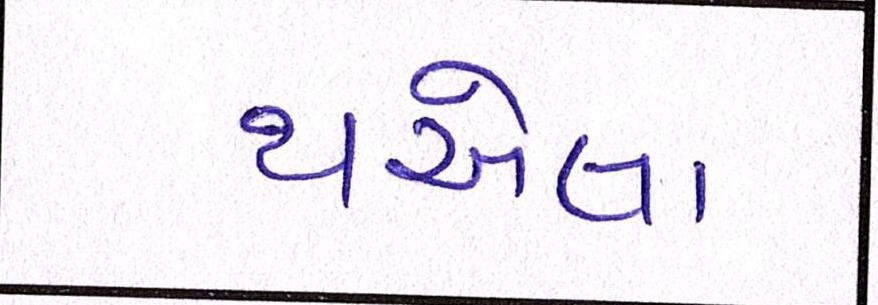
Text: થએલા